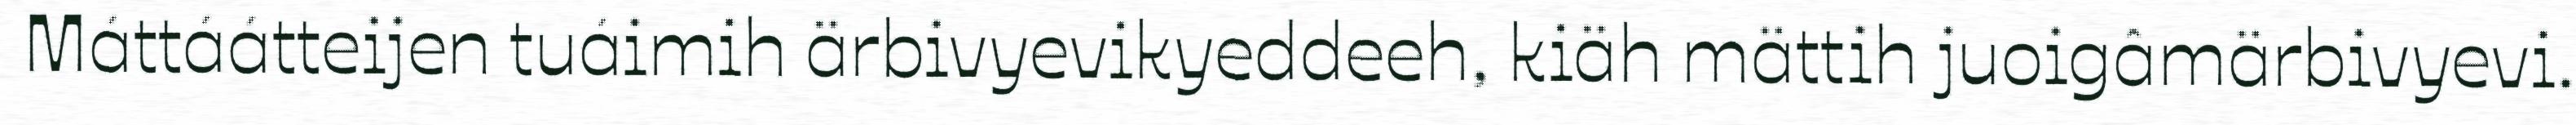
Máttáátteijen tuáimih ärbivyevikyeddeeh, kiäh mättih juoigâmärbivyevi.